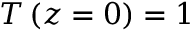
T \left( z = 0 \right) = 1